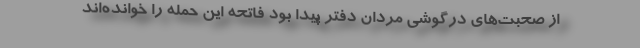
از صحبت‌های درگوشی مردان دفتر پیدا بود فاتحه این حمله را خوانده‌اند